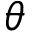
\theta